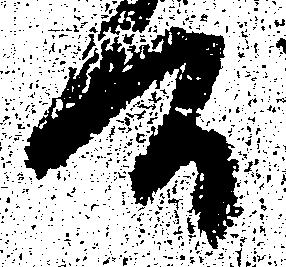
間